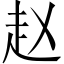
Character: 赵